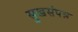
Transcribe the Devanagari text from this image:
सुखसंपन्न